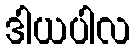
ဒါယပါလ